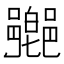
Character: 𨞰